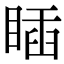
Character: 𥈊